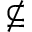
\nsubseteq